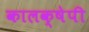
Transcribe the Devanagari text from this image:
कालक्षेपी